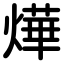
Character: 燁